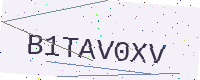
Text: B1TAV0XV